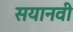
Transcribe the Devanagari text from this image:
सयानवी